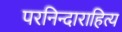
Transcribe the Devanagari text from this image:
परनिन्दाराहित्य